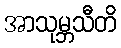
အာသုမ္ဘသီတိ